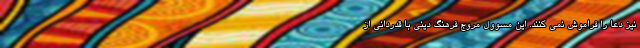
نیز دعا را فراموش نمی کنند. این مسوول مروج فرهنگ دینی با قدردانی از